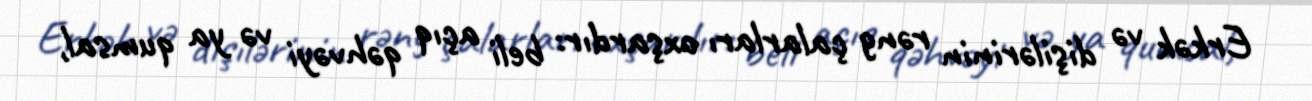
Erkək və dişilərinin rəng çalarları oxşardır: beli açıq qəhvəyi və ya qumsal,